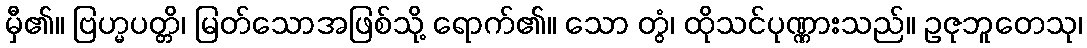
မှီ၏။ ဗြဟ္မပတ္တိ၊ မြတ်သောအဖြစ်သို့ ရောက်၏။ သော တွံ၊ ထိုသင်ပုဏ္ဏားသည်။ ဥဇုဘူတေသု၊